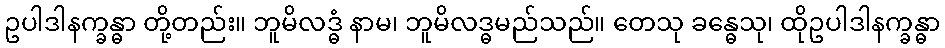
ဥပါဒါနက္ခန္ဓာ တို့တည်း။ ဘူမိလဒ္ဓံ နာမ၊ ဘူမိလဒ္ဓမည်သည်။ တေသု ခန္ဓေသု၊ ထိုဥပါဒါနက္ခန္ဓာ